Indian journal of veterinary science and animal husbandry - Volumes 18-21, 1948-1951
Year: 1948
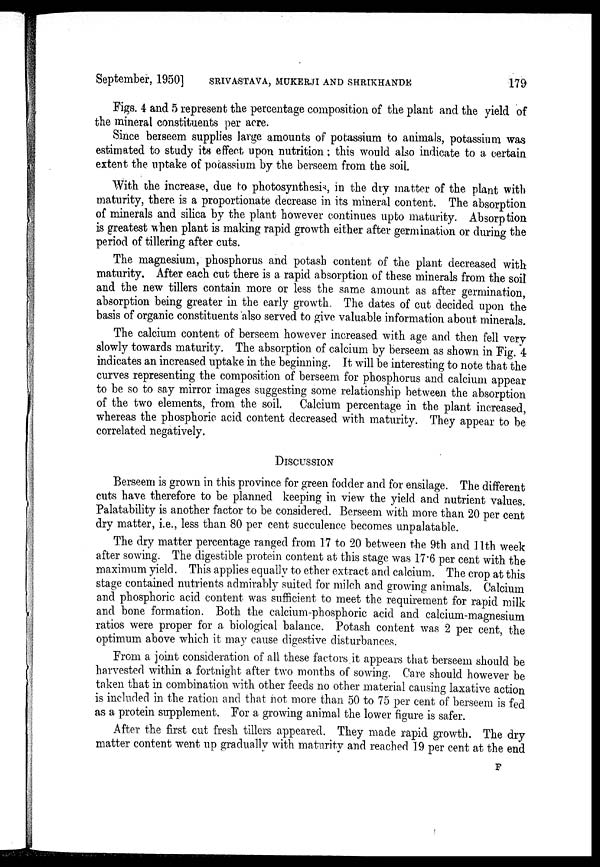
September, 1950] SRIVASTAVA, MUKERJI AND SHRIKHANDE 179
Figs. 4 and 5 represent the percentage composition of the plant and the yield of
the mineral constituents per acre.
Since berseem supplies large amounts of potassium to animals, potassium was
estimated to study its effect upon nutrition ; this would also indicate to a certain
extent the uptake of potassium by the berseem from the soil.
With the increase, due to photosynthesis, in the dry matter of the plant with
maturity, there is a proportionate decrease in its mineral content. The absorption
of minerals and silica by the plant however continues upto maturity. Absorption
is greatest when plant is making rapid growth either after germination or during the
period of tillering after cuts.
The magnesium, phosphorus and potash content of the plant decreased with
maturity. After each cut there is a rapid absorption of these minerals from the soil
and the new tillers contain more or less the same amount as after germination,
absorption being greater in the early growth. The dates of cut decided upon the
basis of organic constituents also served to give valuable information about minerals.
The calcium content of berseem however increased with age and then fell very
slowly towards maturity. The absorption of calcium by berseem as shown in Fig. 4
indicates an increased uptake in the beginning. It will be interesting to note that the
curves representing the composition of berseem for phosphorus and calcium appear
to be so to say mirror images suggesting some relationship between the absorption
of the two elements, from the soil. Calcium percentage in the plant increased,
whereas the phosphoric acid content decreased with maturity. They appear to be
correlated negatively.
DISCUSSION
Berseem is grown in this province for green fodder and for ensilage. The different
cuts have therefore to be planned keeping in view the yield and nutrient values.
Palatability is another factor to be considered. Berseem with more than 20 per cent
dry matter, i.e., less than 80 per cent succulence becomes unpalatable.
The dry matter percentage ranged from 17 to 20 between the 9th and 11th week
after sowing. The digestible protein content at this stage was 17.6 per cent with the
maximum yield. This applies equally to ether extract and calcium. The crop at this
stage contained nutrients admirably suited for milch and growing animals. Calcium
and phosphoric acid content was sufficient to meet the requirement for rapid milk
and bone formation. Both the calcium-phosphoric acid and calcium-magnesium
ratios were proper for a biological balance. Potash content was 2 per cent, the
optimum above which it may cause digestive disturbances.
From a joint consideration of all these factors it appears that berseem should be
harvested within a fortnight after two months of sowing. Care should however be
taken that in combination with other feeds no other material causing laxative action
is included in the ration and that not more than 50 to 75 per cent of berseem is fed
as a protein supplement. For a growing animal the lower figure is safer.
After the first cut fresh tillers appeared. They made rapid growth. The dry
matter content went up gradually with maturity and reached 19 per cent at the end
F